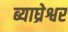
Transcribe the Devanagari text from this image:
ब्याघ्रेश्वर